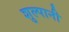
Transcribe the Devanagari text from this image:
शुल्पानी